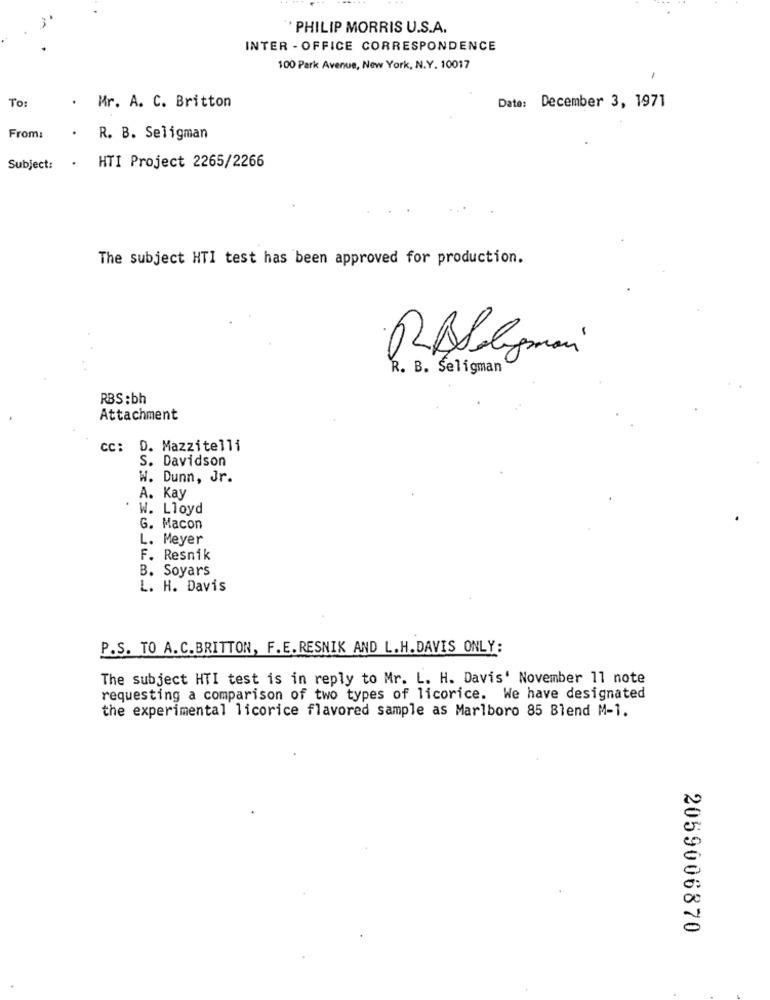
3º
"PHILIP MORRIS U.S.A.
INTER - OFFICE CORRESPONDENCE
100 Park Avenue, New York, N.Y. 10017
To:
. Mr. A. C. Britton
Date: December 3, 1971
From:
. R. B. Seligman
Subject:
. HTI Project 2265/2266
The subject HTI test has been approved for production.
-
R. B. Seligman
RBS :bh
Attachment
cc: D. Mazzitelli
S. Davidson
W. Dunn, Jr.
A. Kay
W. Lloyd
G. Macon
L. Meyer
F. Resnik
B. Soyars
L. H. Davis
P.S. TO A.C.BRITTON, F.E. RESNIK AND L.H.DAVIS ONLY:
The subject HTI test is in reply to Mr. L. H. Davis' November 11 note
requesting a comparison of two types of licorice. We have designated
the experimental licorice flavored sample as Marlboro 85 Blend M-1.
2059006870